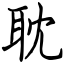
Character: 耽